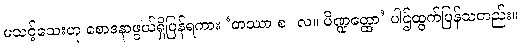
မသင့်သေးဟု စောဒနာဖွယ်ရှိပြန်ရကား ‘တဿာ စ။ လ။ ပိဏ္ဍတ္ထော’ ပါဌ်ထွက်ပြန်သတည်း။